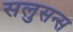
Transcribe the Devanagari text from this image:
सलुसन्स